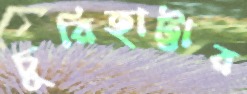
চুরিহাট্টার